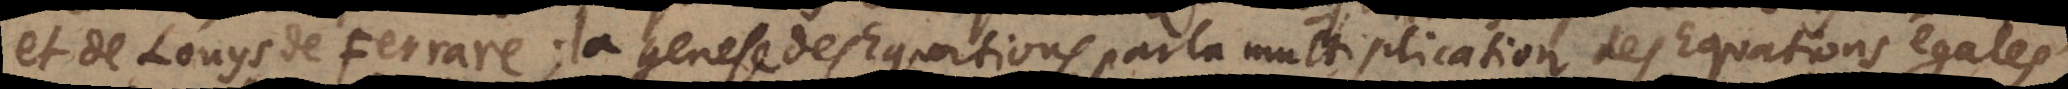
et de Louys de Ferrare; la genese des Equations, par leur la multiplication des Equations egales